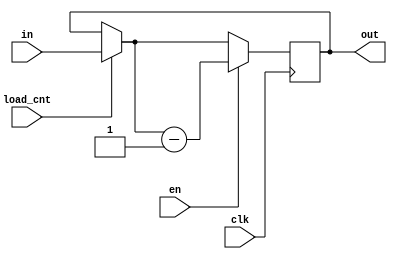
`timescale 1ns / 1ps
//////////////////////////////////////////////////////////////////////////////////
// Company: 
// Engineer: 
// 
// Design Name: 
// Module Name: CNT
// Project Name: 
// Target Devices: 
// Tool Versions: 
// Description: 
// 
// Dependencies: 
// 
// Revision:
// Revision 0.01 - File Created
// Additional Comments:
// 
//////////////////////////////////////////////////////////////////////////////////


module CNT #(parameter DATA_WIDTH = 32)(
    input wire [DATA_WIDTH - 1:0] in,    
    input wire load_cnt, 
    input wire en, 
    input wire clk, 
    output reg [DATA_WIDTH -1:0] out);
    

    
    always@(posedge clk) begin
    	if(load_cnt) begin
        	out = in;
    	end 
    	if(en) begin
        	out = out - 1'b1;        
    	end
	end
endmodule